Indian journal of veterinary science and animal husbandry - Volumes 22-23, 1952-1953
Year: 1952
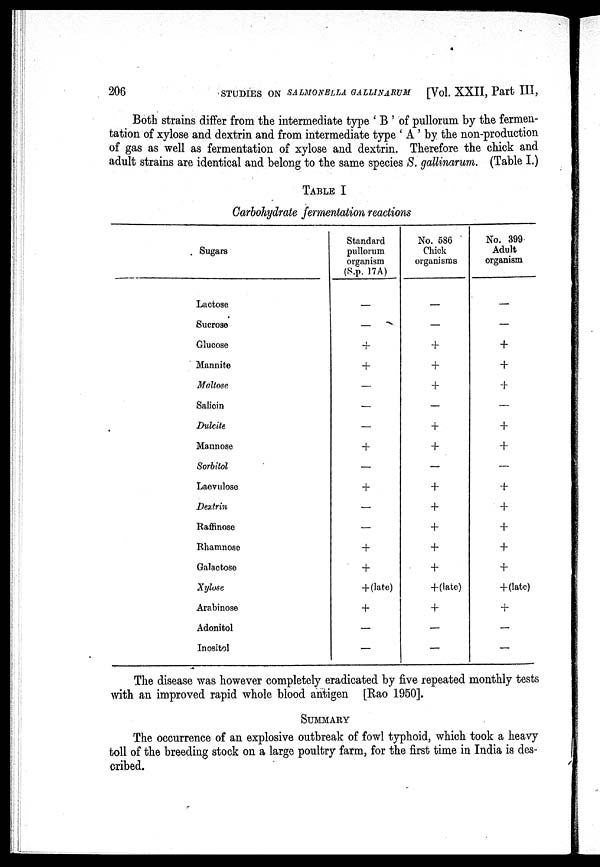
206
STUDIES ON SALMONELLA GALLINARUM [Vol. XXII, Part III,
Both strains differ from the intermediate type 'B' of pullorum by the fermen-
tation of xylose and dextrin and from intermediate type 'A' by the non-production
of gas as well as fermentation of xylose and dextrin. Therefore the chick and
adult strains are identical and belong to the same species S. gallinarum. (Table I.)
TABLE I
Carbohydrate fermentation reactions
Sugars
Lactose
Sucrose
Glucose
Mannite
Maltose
Salicin
Dulcite
Mannose
Sorbitol
Laevulose
Dextrin
Raffinose
Rhamnose
Galactose
Xylose
Arabinose
Adonitol
Inositol
Standard
pullorum
organism
(S.p. 17A)
—
—
+
+
—
—
—
+
—
+
—
—
+
+
+ (late)
+
—
—
No. 586
Chick
organisms
—
—
+
+
+
—
+
+
—
+
+
+
+
+
+(late)
+
—
—
No. 399
Adult
organism
—
—
+
+
+
—
+
+
—
+
+
+
+
+
+(late)
+
—
—
The disease was however completely eradicated by five repeated monthly tests
with an improved rapid whole blood antigen [Rao 1950].
SUMMARY
The occurrence of an explosive outbreak of fowl typhoid, which took a heavy
toll of the breeding stock on a large poultry farm, for the first time in India is des-
cribed.